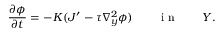
\frac { \partial \phi } { \partial t } = - K ( J ^ { \prime } - \tau \nabla _ { { y } } ^ { 2 } \phi ) \qquad \mathrm { ~ i ~ n ~ } \qquad Y .